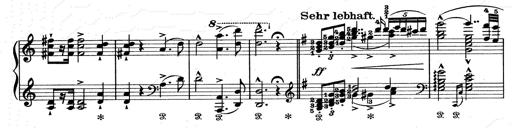
Title: Aus Lohengrin
Composer: Franz Liszt